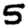
Digit: 5